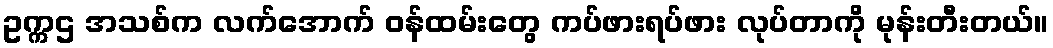
ဥက္ကဌ အသစ်က လက်အောက် ဝန်ထမ်းတွေ ကပ်ဖားရပ်ဖား လုပ်တာကို မုန်းတီးတယ်။